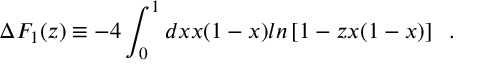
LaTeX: \Delta F _ { 1 } ( z ) \equiv - 4 \int _ { 0 } ^ { 1 } d x x ( 1 - x ) l n \left[ 1 - z x ( 1 - x ) \right] \; \; .